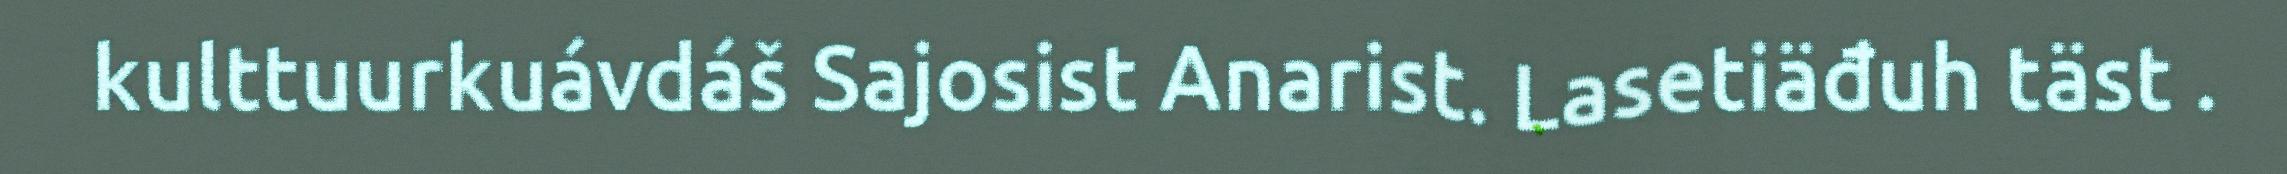
kulttuurkuávdáš Sajosist Anarist. Lasetiäđuh täst .